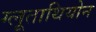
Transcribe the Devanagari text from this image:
ग्लूताथियोन